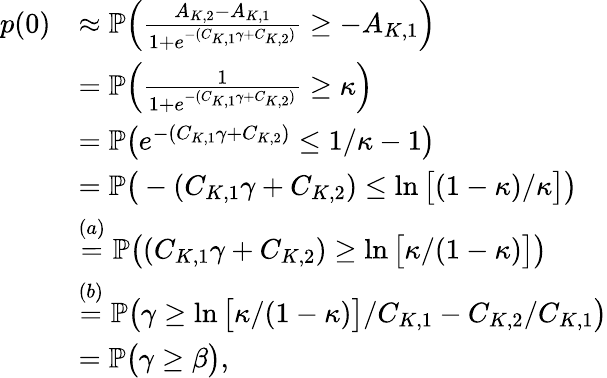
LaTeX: \begin{array}{rl}{p(0)}&{\approx\mathbb{P}\Big(\frac{A_{K,2}-A_{K,1}}{1+e^{-(C_{K,1}\gamma+C_{K,2})}}\geq-A_{K,1}\Big)}\\ &{=\mathbb{P}\Big(\frac{1}{1+e^{-(C_{K,1}\gamma+C_{K,2})}}\geq\kappa\Big)}\\ &{=\mathbb{P}\big(e^{-(C_{K,1}\gamma+C_{K,2})}\leq 1/\kappa-1\big)}\\ &{=\mathbb{P}\big(-(C_{K,1}\gamma+C_{K,2})\leq\ln\big[(1-\kappa)/\kappa\big]\big)}\\ &{\stackrel{(a)}{=}\mathbb{P}\big((C_{K,1}\gamma+C_{K,2})\geq\ln\big[\kappa/(1-\kappa)\big]\big)}\\ &{\stackrel{(b)}{=}\mathbb{P}\big(\gamma\geq\ln\big[\kappa/(1-\kappa)\big]/C_{K,1}-C_{K,2}/C_{K,1}\big)}\\ &{=\mathbb{P}\big(\gamma\geq\beta\big),}\end{array}